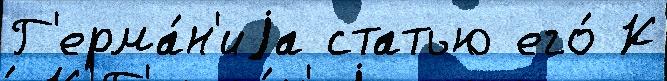
Г'ерма́н'иjа статью его́ К